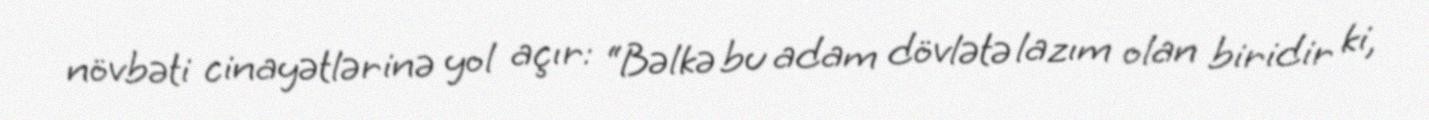
növbəti cinayətlərinə yol açır: “Bəlkə bu adam dövlətə lazım olan biridir ki,